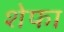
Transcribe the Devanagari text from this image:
शेफा